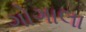
ગોગાલા